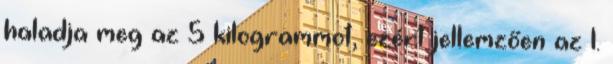
haladja meg az 5 kilogrammot, ezért jellemzően az 1.